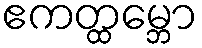
ဧကတ္ထမ္ဘော